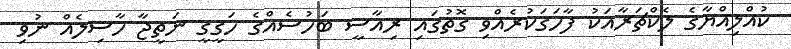
ކުއްލިއްޔާގެ ލެކްޗަރާއަކު ފާހަގަކުރެއްވި ގޮތުގައި ރިއާސީ ބަހުސެއްގެ ހަގީގީ ނަތީޖާ ހާސިލެއް ނުވި